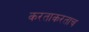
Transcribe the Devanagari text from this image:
करताकरताच